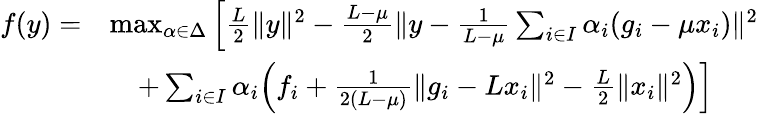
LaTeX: \begin{array}{rl}{f(y)=}&{\operatorname*{max}_{\alpha\in\Delta}\Big[\frac{L}{2}\| y\| ^{2}-\frac{L-\mu}{2}\| y-\frac{1}{L-\mu}\sum_{i\in I}\alpha_{i}(g_{i}-\mu x_{i})\| ^{2}}\\ &{\quad+\sum_{i\in I}\alpha_{i}\Big(f_{i}+\frac{1}{2(L-\mu)}\| g_{i}-Lx_{i}\| ^{2}-\frac{L}{2}\| x_{i}\| ^{2}\Big)\Big]}\end{array}